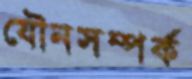
যৌনসম্পর্ক